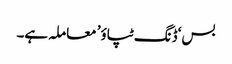
بس ‘ڈنگ ٹپاؤ’ معاملہ ہے۔